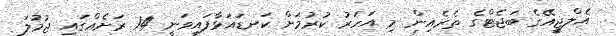
އެލްޖީއޭގެ ބަޖެޓްގެ ތެރެއިން މި އަހަރު ކުރުމަށް ކަނޑައަޅާފައިވަނީ 14 ރަށެއްގައި ޖުމުލަ